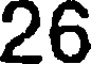
26